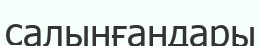
салынғандары